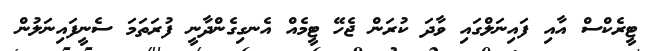
ޓީރެކްސް އާއި ފައިނަލްގައި ވާދަ ކުރަން ޖެހޭ ޓީމެއް އެނގިގެންދާނީ ފުރަތަމަ ސެނީފައިނަލުން